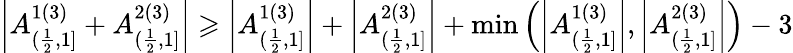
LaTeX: \left|A_{(\frac{1}{2},1]}^{1(3)}+A_{(\frac{1}{2},1]}^{2(3)}\right|\geqslant\left|A_{(\frac{1}{2},1]}^{1(3)}\right|+\left|A_{(\frac{1}{2},1]}^{2(3)}\right|+\operatorname*{min}\left(\left|A_{(\frac{1}{2},1]}^{1(3)}\right|,\left|A_{(\frac{1}{2},1]}^{2(3)}\right|\right)-3